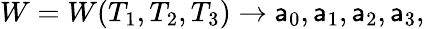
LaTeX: W=W(T_{1},T_{2},T_{3})\rightarrow\mathsf{a}_{0},\mathsf{a}_{1},\mathsf{a}_{2},\mathsf{a}_{3},